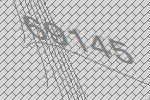
69145